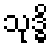
သုဒ္ဓိ